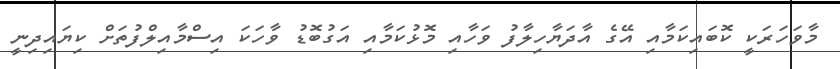
މާވަހަރަކީ ކޮބައިކަމާއި އޭގެ އާދަޔާހިލާފު ވަހާއި މޮޅުކަމާއި އަގުބޮޑު ވާހަކަ އިސްމާއިލްފުތަށް ކިޔައިދިނީ